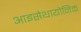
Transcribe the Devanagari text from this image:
आइसेथायोनिक